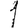
Digit: 1